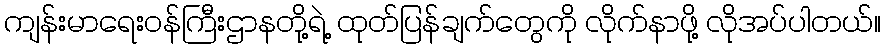
ကျန်းမာရေးဝန်ကြီးဌာနတို့ရဲ့ ထုတ်ပြန်ချက်တွေကို လိုက်နာဖို့ လိုအပ်ပါတယ်။